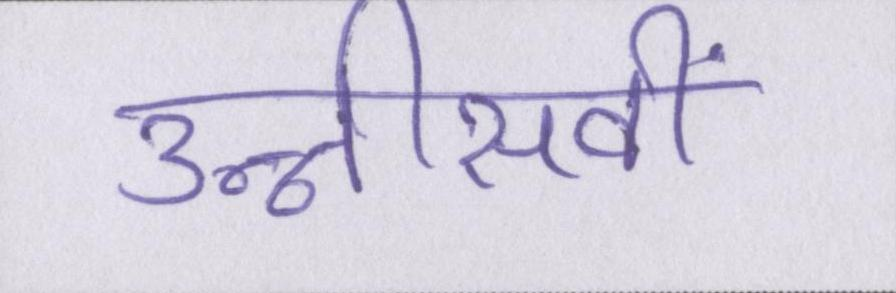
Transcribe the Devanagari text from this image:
उन्नीसवीं